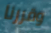
وقررنا